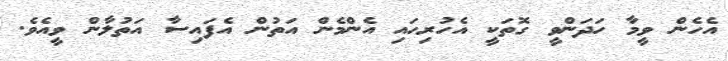
އެހެން ވީމާ ހަދަންވީ ގޮތަކީ އެހުރިހައި އެންމެން އަތުން އެފައިސާ އަތުލާން ވީއެވެ.